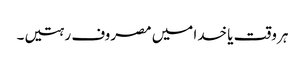
ہر وقت یا خدا میں مصروف رہتیں۔